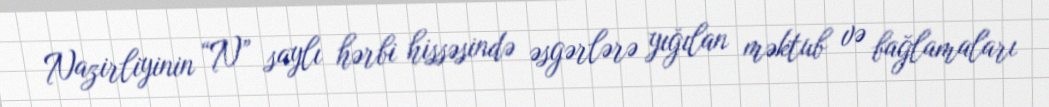
Nazirliyinin “N” saylı hərbi hissəsində əsgərlərə yığılan məktub və bağlamaları